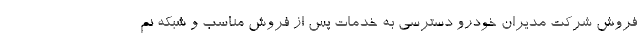
فروش شرکت مدیران خودرو دسترسی به خدمات پس از فروش مناسب و شبکه نم